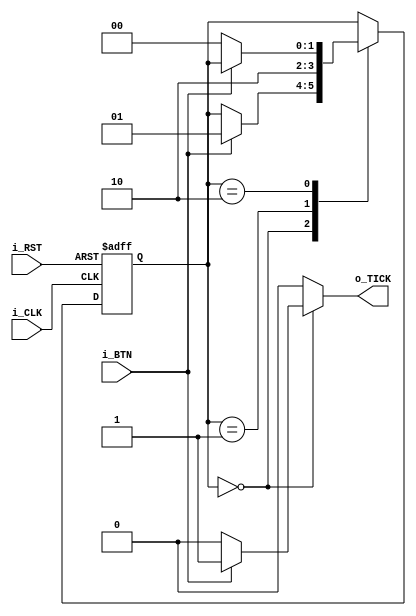
module button_tick_latch(input i_CLK,
                         input i_RST,
                         input i_BTN,
                         output reg o_TICK);
    
    //assigns state names to bit values for case statement
    localparam [1:0] zero = 2'b00,
    hold = 2'b01,
    one = 2'b10;
    
    reg [1:0] state_reg, state_next;
    
    //D FF
    always @(negedge i_CLK, posedge i_RST)
        if (i_RST)
            state_reg = zero;
        else
            state_reg = state_next;
    
    //Next state logic and output logic
    always @*
    begin
    o_TICK     = 1'b0;  //default off since rising/falling edge will happen less often
    state_next = state_reg;
    case(state_reg)
        zero:
        if (i_BTN)
        begin
            o_TICK     = 1'b1;
            state_next = hold;
        end
        hold:
        begin
            o_TICK     = 1'b0;
            state_next = one;
        end
        one:
        if (~i_BTN)
            state_next = zero;
            endcase
    end
        
endmodule